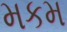
મકમ